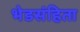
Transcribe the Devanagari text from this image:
भेडसंहिता